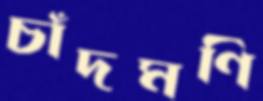
চাঁদমণি